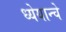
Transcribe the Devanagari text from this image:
ध्येयान्चे